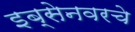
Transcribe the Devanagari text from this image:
इब्सेनवरचे